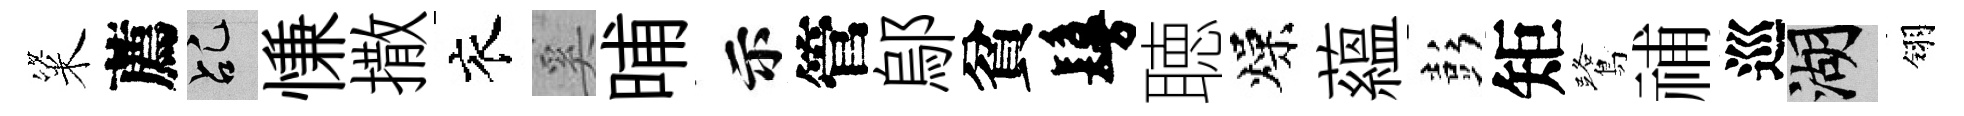
粢薦乩慊撒衣奚晡示管鄔貧鬘聴燥蘊彭矩鷺𥙷巡湖翎